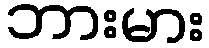
ဘားမား